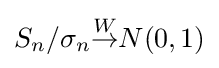
S_{n}/\sigma _{n}{\overset {W}{\to }}N(0,1)